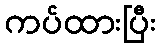
ကပ်ထားပြီး